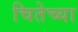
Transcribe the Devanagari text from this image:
चितेच्या